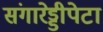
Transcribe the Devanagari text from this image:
संगारेड्डीपेटा